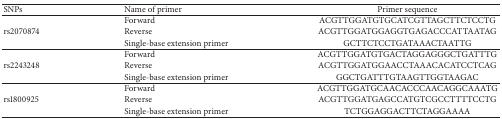
<table><thead><tr><td><b>SNPs</b></td><td><b>Name of primer </b></td><td><b>Primer sequence</b></td></tr></thead><tbody><tr><td rowspan="3">rs2070874</td><td>Forward</td><td>ACGTTGGATGTGCATCGTTAGCTTCTCCTG</td></tr><tr><td>Reverse</td><td>ACGTTGGATGGAGGTGAGACCCATTAATAG</td></tr><tr><td>Single-base extension primer</td><td>GCTTCTCCTGATAAACTAATTG</td></tr><tr><td rowspan="3">rs2243248</td><td>Forward</td><td>ACGTTGGATGTGACTAGGAGGGCTGATTTG</td></tr><tr><td>Reverse</td><td>ACGTTGGATGGAACCTAAACACATCCTCAG</td></tr><tr><td>Single-base extension primer</td><td>GGCTGATTTGTAAGTTGGTAAGAC</td></tr><tr><td rowspan="3">rs1800925</td><td>Forward</td><td>ACGTTGGATGCAACACCCAACAGGCAAATG</td></tr><tr><td>Reverse</td><td>ACGTTGGATGAGCCATGTCGCCTTTTCCTG</td></tr><tr><td>Single-base extension primer</td><td>TCTGGAGGACTTCTAGGAAAA</td></tr></tbody></table>